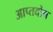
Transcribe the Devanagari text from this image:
आप्तदोष